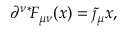
\partial ^ { \nu } { } ^ { * } \! F _ { \mu \nu } ( x ) = \tilde { \jmath } _ { \mu } { x } ,